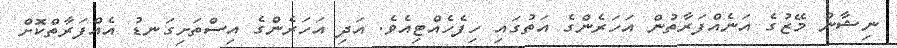
ނިޝާން މޭޒުގެ އަނެއްފަރާތުން އަހަރެންގެ އަތުގައި ހިފެހެއްޓިއެވެ. އަދި އަހަރެންގެ އިސްތަށިގަނޑު އެއްފަރާތްކޮށް